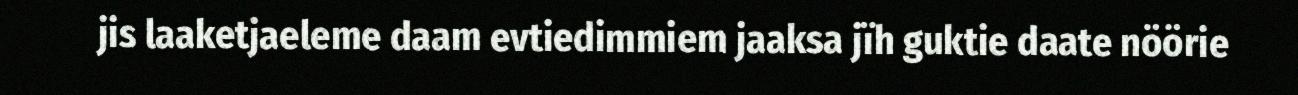
jis laaketjaeleme daam evtiedimmiem jaaksa jïh guktie daate nöörie